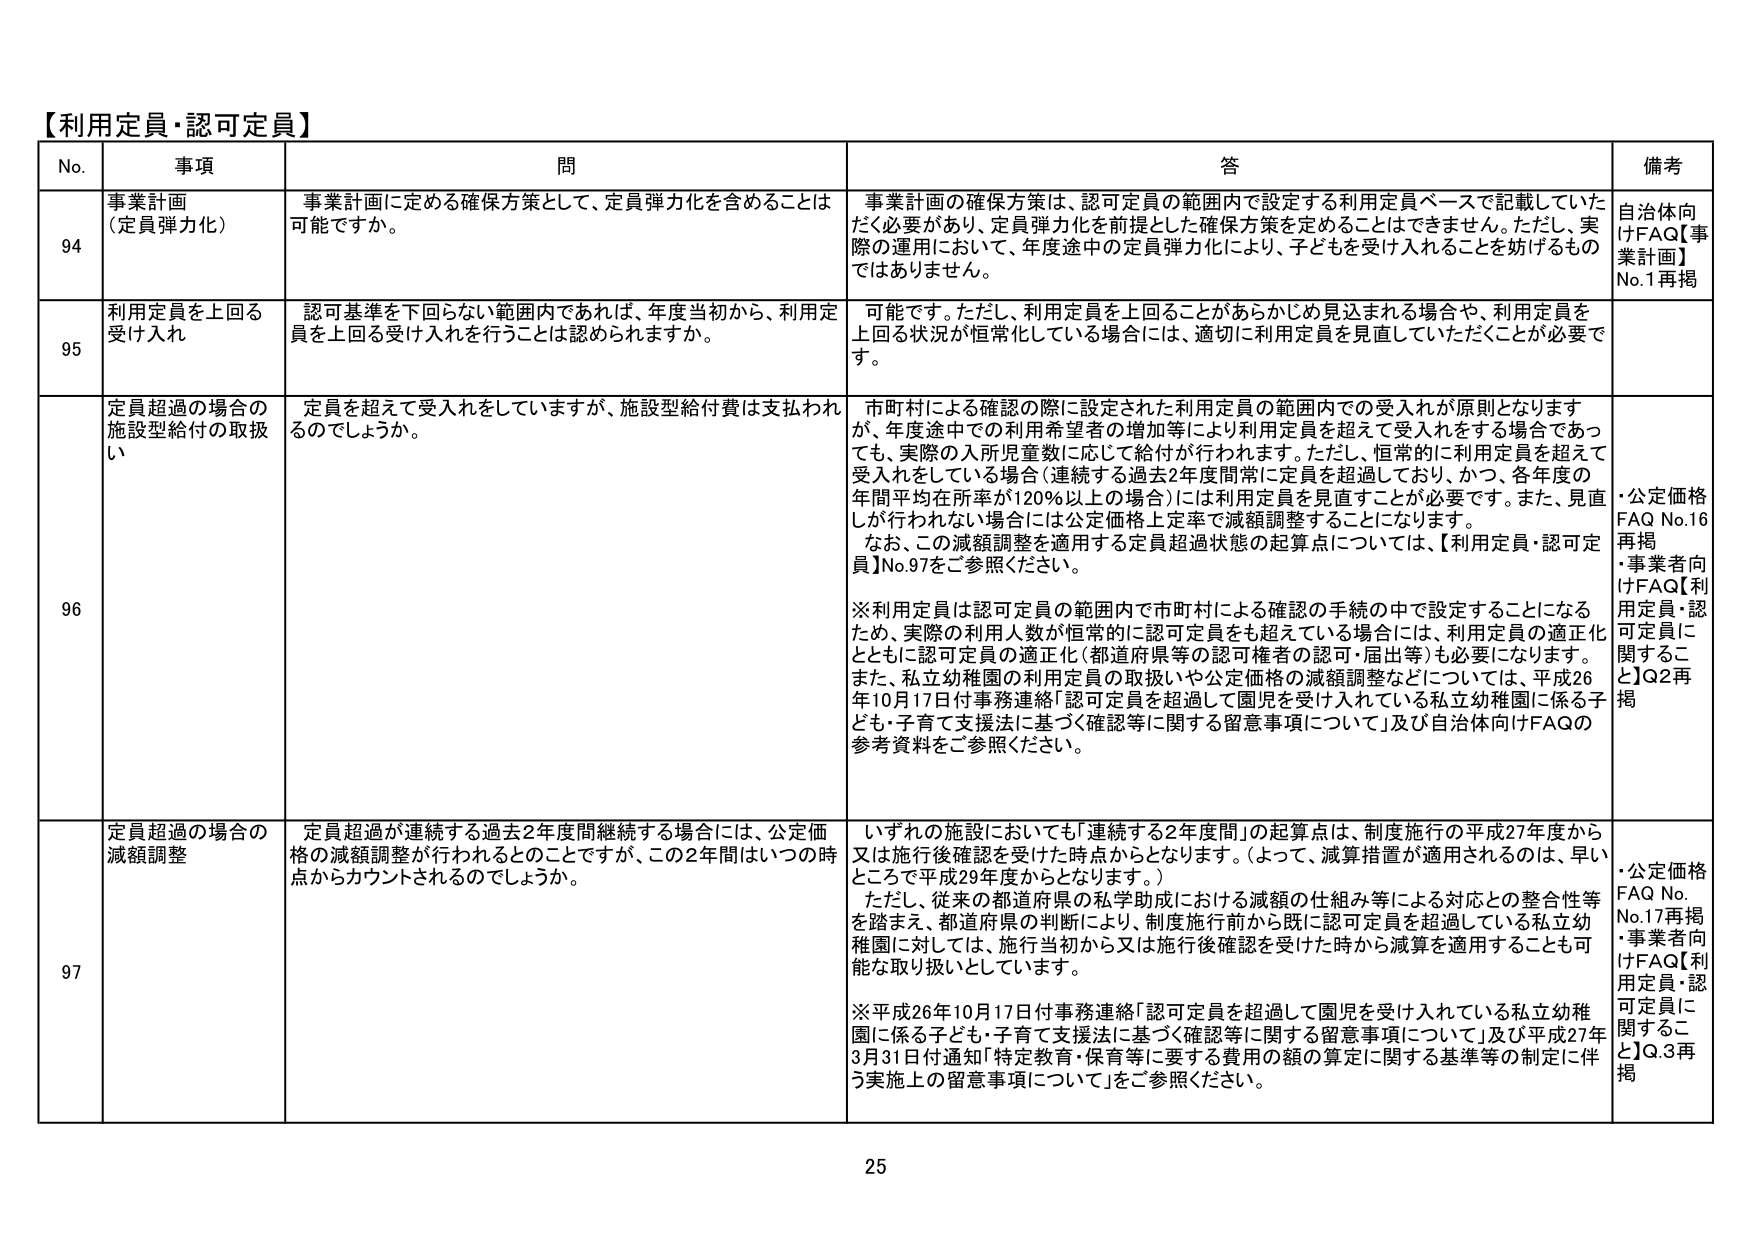
【利用定員・認可定員】

No. 事項 問 答 備考

94 事業計画 （定員弾力化） 事業計画に定める確保方策として、定員弾力化を含めることは可能ですか。 事業計画の確保方策は、認可定員の範囲内で設定する利用定員ベースで記載していただく必要があり、定員弾力化を前提とした確保方策を定めることはできません。ただし、実際の運用において、年度途中の定員弾力化により、子どもを受け入れることを妨げるものではありません。 自治体向けFAQ【事業計画】No.1再掲

95 利用定員を上回る受け入れ 認可基準を下回らない範囲内であれば、年度当初から、利用定員を上回る受け入れを行うことは認められますか。 可能です。ただし、利用定員を上回ることがあらかじめ見込まれる場合や、利用定員を上回る状況が恒常化している場合には、適切に利用定員を見直していただくことが必要です。

96 定員超過の場合の施設型給付の取扱い 定員を超えて受入れをしていますが、施設型給付費は支払われるのでしょうか。 市町村による確認の際に設定された利用定員の範囲内での受入れが原則となります が、年度途中での利用希望者の増加等により利用定員を超えて受入れをする場合であっ ても、実際の入所児童数に応じて給付が行われます。ただし、恒常的に利用定員を超えて受入れをしている場合（連続する過去2年度間常に定員を超過しており、かつ、各年度の年間平均在所率が120％以上の場合）には利用定員を見直すことが必要です。また、見直しが行われない場合には公定価格上定率で減額調整することになります。 なお、この減額調整を適用する定員超過状態の起算点については、【利用定員・認可定員】No.97をご参照ください。 ※利用定員は認可定員の範囲内で市町村による確認の手続の中で設定することになるため、実際の利用人数が恒常的に認可定員をも超えている場合には、利用定員の適正化とともに認可定員の適正化（都道府県等の認可権者の認可・届出等）も必要になります。 また、私立幼稚園の利用定員の取扱いや公定価格の減額調整などについては、平成26年10月17日付事務連絡「認可定員を超過して園児を受け入れている私立幼稚園に係る子ども・子育て支援法に基づく確認等に関する留意事項について」及び自治体向けFAQの参考資料をご参照ください。 ・公定価格FAQ No.16再掲 ・事業者向けFAQ【利用定員・認可定員に関するこ と】Q2再掲

97 定員超過の場合の減額調整 定員超過が連続する過去2年度間継続する場合には、公定価格の減額調整が行われるとのことですが、この2年間はいつの時点からカウントされるのでしょうか。 いずれの施設においても「連続する2年度間」の起算点は、制度施行の平成27年度から又は施行後確認を受けた時点からとなります。（よって、減算措置が適用されるのは、早いところで平成29年度からとなります。） ただし、従来の都道府県の私学助成における減額の仕組み等による対応との整合性等を踏まえ、都道府県の判断により、制度施行前から既に認可定員を超過している私立幼稚園に対しては、施行当初から又は施行後確認を受けた時から減算を適用することも可能な取り扱いとしています。 ※平成26年10月17日付事務連絡「認可定員を超過して園児を受け入れている私立幼稚園に係る子ども・子育て支援法に基づく確認等に関する留意事項について」及び平成27年3月31日付通知「特定教育・保育等に要する費用の額の算定に関する基準等の制定に伴う実施上の留意事項について」をご参照ください。 ・公定価格FAQ No. No.17再掲 ・事業者向けFAQ【利用定員・認可定員に関するこ と】Q.3再掲

25